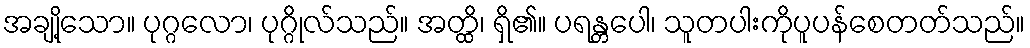
အချို့သော။ ပုဂ္ဂလော၊ ပုဂ္ဂိုလ်သည်။ အတ္ထိ၊ ရှိ၏။ ပရန္တပေါ၊ သူတပါးကိုပူပန်စေတတ်သည်။